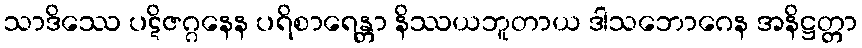
သာဒိဿေ ပဋိဇဂ္ဂနေန ပရိစာရေန္တာ နိဿယဘူတာယ ဒါသဘောဂေန အနိဋ္ဌတ္တာ